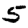
Digit: 5